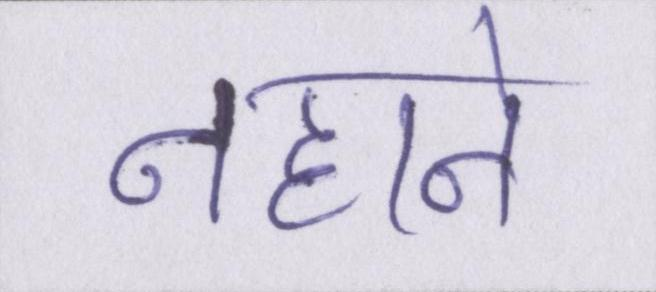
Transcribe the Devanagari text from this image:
नहाने